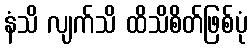
နံသိ လျက်သိ ထိသိစိတ်ဖြစ်ပုံ